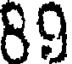
89